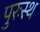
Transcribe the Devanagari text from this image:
पुरःस्थ